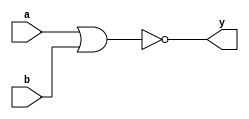
`timescale 1ns / 1ps
//////////////////////////////////////////////////////////////////////////////////
// Company: 
// Engineer: 
// 
// Design Name: 
// Module Name:    one_nor 
// Project Name: 
// Target Devices: 
// Tool versions: 
// Description: 
//
// Dependencies: 
//
// Revision: 
// Revision 0.01 - File Created
// Additional Comments: 
//
//////////////////////////////////////////////////////////////////////////////////
module one_nor(a,b,y);
input a,b;
output y;
nor op(y,a,b);
endmodule